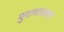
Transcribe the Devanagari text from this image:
पुराणातला